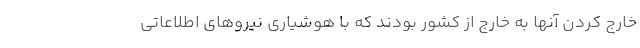
خارج کردن آنها به خارج از کشور بودند که با هوشیاری نیروهای اطلاعاتی